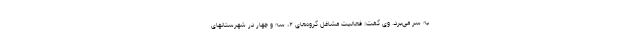
به سر می‌برد. وی گفت: فعالیت مشاغل گروه‌های ۲، سه و چهار در شهرستانهای